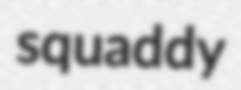
squaddy